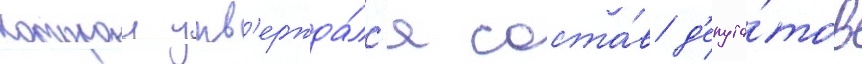
которои утв'ержда́лс'я соста́в д'епута́тов